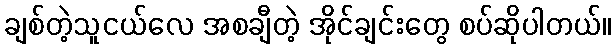
ချစ်တဲ့သူငယ်လေ အစချီတဲ့ အိုင်ချင်းတွေ စပ်ဆိုပါတယ်။